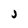
Character: j